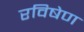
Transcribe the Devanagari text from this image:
रविषेण